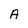
Character: A